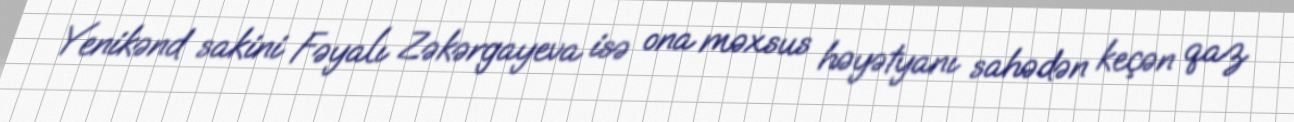
Yenikənd sakini Fəyalı Zəkərgayeva isə ona məxsus həyətyanı sahədən keçən qaz